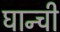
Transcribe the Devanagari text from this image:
घान्ची